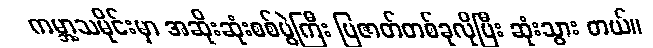
ကမ္ဘာ့သမိုင်းမှာ အဆိုးဆုံးစစ်ပွဲကြီး ပြဇာတ်တစ်ခုလိုပြီး ဆုံးသွား တယ်။